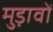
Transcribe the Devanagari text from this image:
मुड़ावों